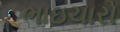
ભાઇચારો